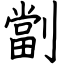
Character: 劏